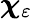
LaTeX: \boldsymbol{\chi}_{\varepsilon}